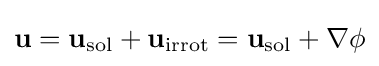
\mathbf {u} =\mathbf {u} _{\text{sol}}+\mathbf {u} _{\text{irrot}}=\mathbf {u} _{\text{sol}}+\nabla \phi